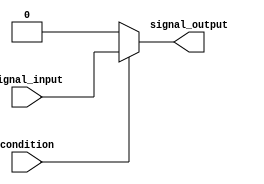
module ContinuousAssignment (
    input wire condition,
    input wire signal_input,
    output reg signal_output
);

always @* begin
    if (condition) begin
        signal_output = signal_input;
    end else begin
        signal_output = 0; // Or any other default value
    end
end

endmodule